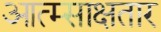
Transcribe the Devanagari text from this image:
आत्म्साक्षतार